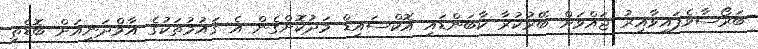
ބަރޯސާވެފައިވާއިރު ޖައްވަށް ބޭރުކުރާ ކާބަންޑައި އޮކްސައިޑް މަދުކޮށްގެން އެ ޤައުމުތަކުގެ އާމްދަނީއަށް ބޮޑެތި